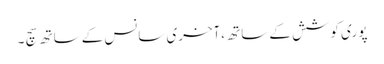
پو ری کوشش کے ساتھ ،آخری سانس کے ساتھ سچ ۔